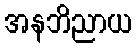
အနဘိညာယ